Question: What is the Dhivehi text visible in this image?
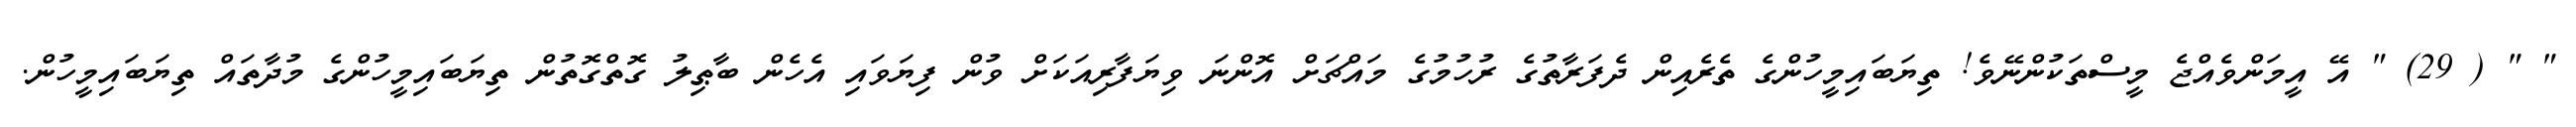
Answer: " " ( 29) " އޭ އީމަންވެއްޖެ މީސްތަކުންނޭވެ! ތިޔަބައިމީހުންގެ ތެރެއިން ދެފަރާތުގެ ރުހުމުގެ މައްޗަށް އޮންނަ ވިޔަފާރިއަކަށް ވުން ފިޔަވައި އެހެން ބާޠިލު ގޮތްގޮތުން ތިޔަބައިމީހުންގެ މުދާތައް ތިޔަބައިމީހުން.